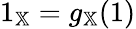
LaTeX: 1_{\mathbb{X}}=g_{\mathbb{X}}(1)